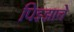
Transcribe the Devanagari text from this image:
पिझ्झाचे